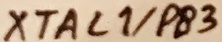
Text: XTAL1/PB3